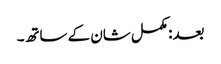
بعد: مکمل شان کے ساتھ۔